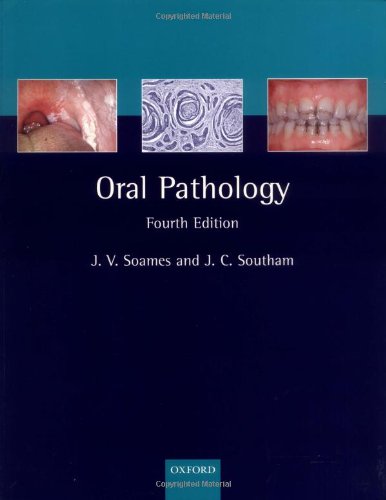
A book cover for Oral Pathology (Oxford Medical Publications); J. V. Soames; Medical Books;